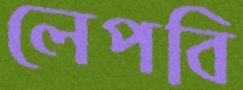
লেপবি